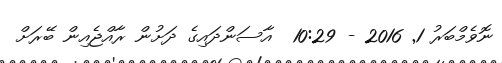
ނޮވެމްބަރު 1